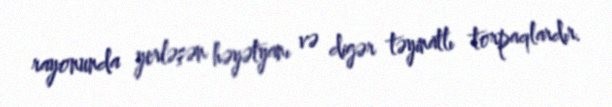
rayonunda yerləşən həyətyanı və digər təyinatlı torpaqlardır.